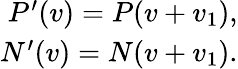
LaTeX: \begin{array}{r}{P^{\prime}(v)=P(v+v_{1}),}\\ {N^{\prime}(v)=N(v+v_{1}).}\end{array}